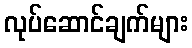
လုပ်ဆောင်ချက်များ